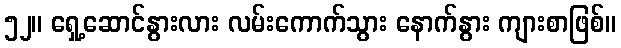
၅၂။ ရှေ့ဆောင်နွားလား လမ်းကောက်သွား နောက်နွား ကျားစာဖြစ်။